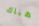
هناك